Annual report of the Bengal Veterinary College and of the Civil Veterinary Department, Bengal, for the year 1919-20 - 1919-1920
Year: 1919
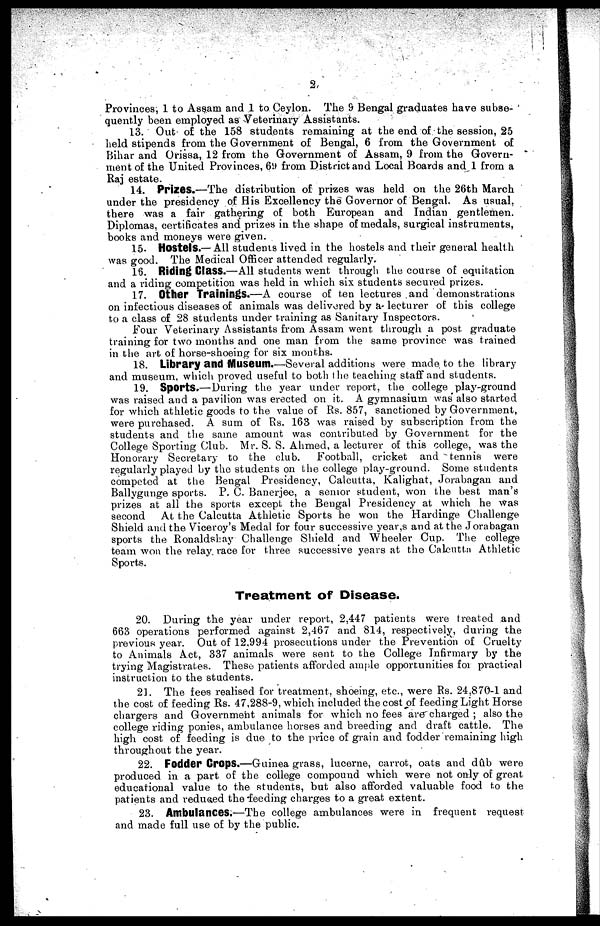
2
Provinces, 1 to Assam and 1 to Ceylon. The 9 Bengal graduates have subse-
quently been employed as Veterinary Assistants.
13. Out of the 158 students remaining at the end of the session, 25
held stipends from the Government of Bengal, 6 from the Government of
Bihar and Orissa, 12 from the Government of Assam, 9 from the Govern-
ment of the United Provinces, 69 from District and Local Boards and 1 from a
Raj estate.
14. Prizes.—The distribution of prizes was held on the 26th March
under the presidency of His Excellency the Governor of Bengal. As usual,
there was a fair gathering of both European and Indian gentlemen.
Diplomas, certificates and prizes in the shape of medals, surgical instruments,
books and moneys were given.
15. Hostels.—All students lived in the hostels and their general health
was good. The Medical Officer attended regularly.
16. Riding Class.—All students went through the course of equitation
and a riding competition was held in which six students secured prizes.
17. Other Trainings.—A course of ten lectures and demonstrations
on infectious diseases of animals was delivered by a lecturer of this college
to a class of 28 students under training as Sanitary Inspectors.
Four Veterinary Assistants from Assam went through a post graduate
training for two months and one man from the same province was trained
in the art of horse-shoeing for six months.
18. Library and Museum.—Several additions were made to the library
and museum, which proved useful to both the teaching staff and students.
19. Sports.—During the year under report, the college play-ground
was raised and a pavilion was erected on it. A gymnasium was also started
for which athletic goods to the value of Rs. 857, sanctioned by Government,
were purchased. A sum of Rs. 163 was raised by subscription from the
students and the same amount was contributed by Government for the
College Sporting Club. Mr. S. S. Ahmed, a lecturer of this college, was the
Honorary Secretary to the club.
Football, cricket and tennis were
regularly played by the students on the college play-ground. Some students
competed at the Bengal Presidency, Calcutta, Kalighat, Jorabagan and
Ballygunge sports. P. C. Banerjee, a senior student, won the best man's
prizes at all the sports except the Bengal Presidency at which he was
second
At the Calcutta Athletic Sports he won the Hardinge Challenge
Shield and the Viceroy's Medal for four successive year,s and at the Jorabagan
sports the Ronaldshay Challenge Shield and Wheeler Cup. The college
team won the relay, race for three successive years at the Calcutta Athletic
Sports.
Treatment of Disease.
20. During the year under report, 2,447 patients were treated and
663 operations performed against 2,467 and 814, respectively, during the
previous year. Out of 12,994 prosecutions under the Prevention of Cruelty
to Animals Act, 337 animals were sent to the College Infirmary by the
trying Magistrates. These patients afforded ample opportunities for practical
instruction to the students.
21. The fees realised for treatment, shoeing, etc., were Rs. 24,870-1 and
the cost of feeding Rs. 47,288-9, which included the cost of feeding Light Horse
chargers and Government animals for which no fees are charged; also the
college riding ponies, ambulance horses and breeding and draft cattle. The
high cost of feeding is due to the price of grain and fodde remaining high
throughout the year.
22. Fodder Crops.—Guinea grass, lucerne, carrot, oats and dûb were
produced in a part of the college compound which were not only of great
educational value to the students, but also afforded valuable food to the
patients and reduced the feeding charges to a great extent.
23. Ambulances.—The college ambulances were in frequent request
and made full use of by the public.